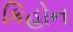
કિહોન